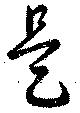
是